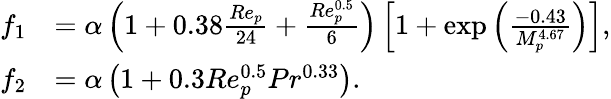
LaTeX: \begin{array}{rl}{f_{1}}&{=\alpha\left(1+0.38\frac{Re_{p}}{24}+\frac{Re_{p}^{0.5}}{6}\right)\left[1+\exp\left(\frac{-0.43}{M_{p}^{4.67}}\right)\right],}\\ {f_{2}}&{=\alpha\left(1+0.3Re_{p}^{0.5}Pr^{0.33}\right).}\end{array}